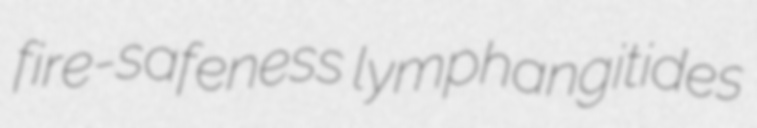
fire-safeness lymphangitides